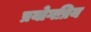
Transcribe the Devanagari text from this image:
प्रयोगप्रिय